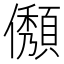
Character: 𠐬